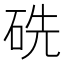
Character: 𥑻